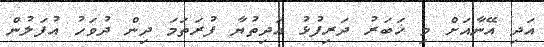
އަދި އޭނާއަށް މި ޚަބަރު ދަރިފުޅު އަދިތުޔާ ފުރަތަމަ ދިން ދުވަހު އުފަލުން